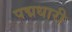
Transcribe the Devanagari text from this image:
पद्मधारी